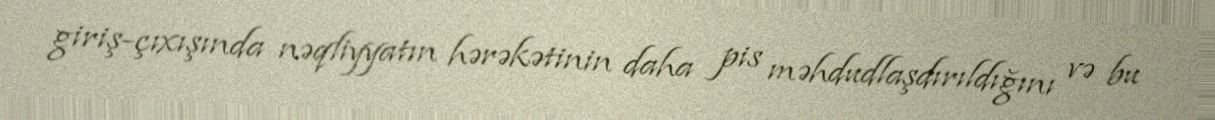
giriş-çıxışında nəqliyyatın hərəkətinin daha pis məhdudlaşdırıldığını və bu